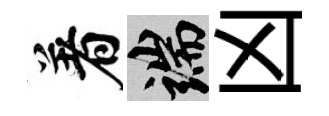
着端凶